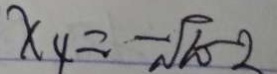
x _ { 4 } = - \sqrt { 6 0 } - 2